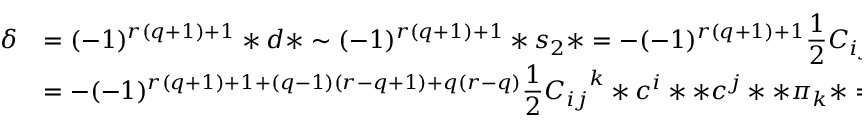
\begin{array} { r l } { { \delta } } & { { \displaystyle = ( - 1 ) ^ { r ( q + 1 ) + 1 } * d * \sim ( - 1 ) ^ { r ( q + 1 ) + 1 } * s _ { 2 } * = - ( - 1 ) ^ { r ( q + 1 ) + 1 } { \frac { 1 } { 2 } } { C _ { i j } } ^ { k } * c ^ { i } c ^ { j } \pi _ { k } * } } \\ { { } } & { { \displaystyle = - ( - 1 ) ^ { r ( q + 1 ) + 1 + ( q - 1 ) ( r - q + 1 ) + q ( r - q ) } { \frac { 1 } { 2 } } { C _ { i j } } ^ { k } * c ^ { i } * * c ^ { j } * * \pi _ { k } * = { \frac { 1 } { 2 } } { C _ { i j } } ^ { k } \pi ^ { i } \pi ^ { j } c _ { k } = \overline { { { s } } } _ { 2 } \; . } } \end{array}